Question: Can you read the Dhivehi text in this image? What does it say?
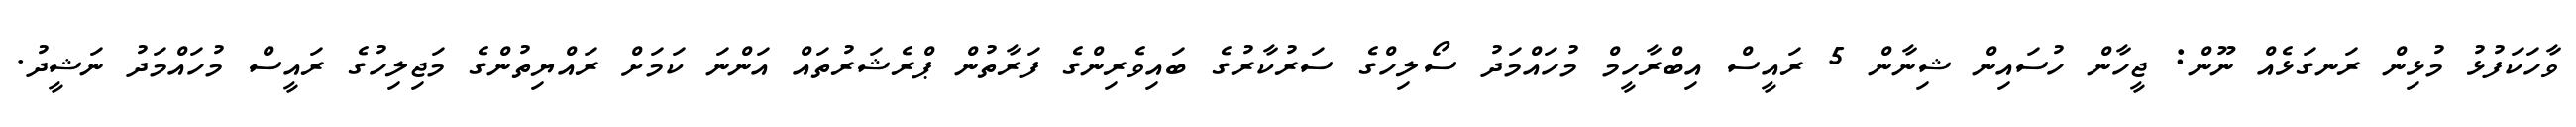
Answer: ވާހަކަފުޅު މުޅިން ރަނގަޅެއް ނޫން: ޖީހާން ހުސައިން ޝިނާން 5 ރައީސް އިބްރާހީމް މުހައްމަދު ސޯލިހްގެ ސަރުކާރުގެ ބައިވެރިންގެ ފަރާތުން ޕްރެޝަރުތައް އަންނަ ކަމަށް ރައްޔިތުންގެ މަޖިލިހުގެ ރައީސް މުހައްމަދު ނަޝީދު.